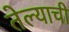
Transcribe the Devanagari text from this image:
तेल्याची